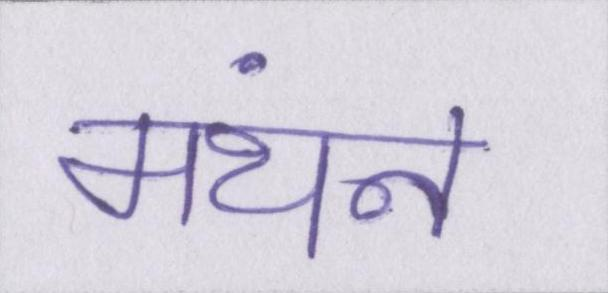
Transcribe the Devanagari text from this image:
मंथन